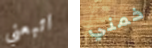
اتبعني خمني